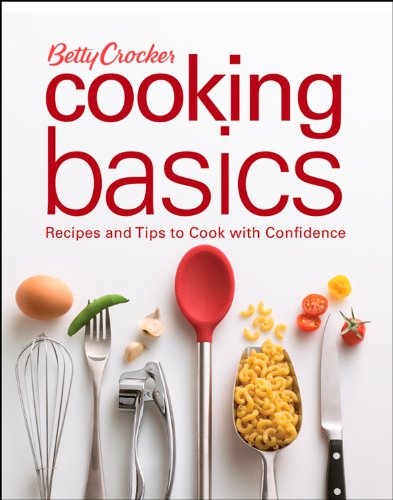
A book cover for Betty Crocker Cooking Basics: Recipes and Tips toCook with Confidence; Betty Crocker; Cookbooks, Food & Wine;